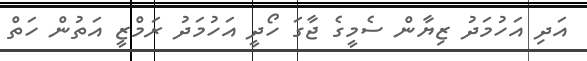
އަދި އަހުމަދު ޒިޔާން ސެމީގެ ޖާގަ ހޯދީ އަހުމަދު ރަމްޒީ އަތުން ހަތް